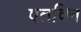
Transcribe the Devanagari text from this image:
एलविन